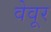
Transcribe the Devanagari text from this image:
वेवूर